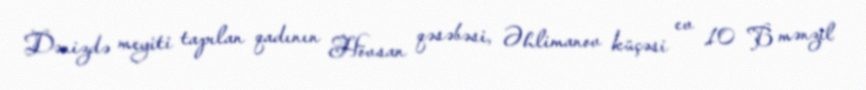
Dənizdə meyiti tapılan qadının Hövsan qəsəbəsi, Əhlimanov küçəsi ev 10 B mənzil